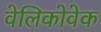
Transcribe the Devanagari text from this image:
वेलिकोवेक